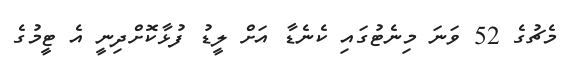
މެޗުގެ 52 ވަނަ މިނެޓުގައި ކެނެޑާ އަށް ލީޑު ފުޅާކޮށްދިނީ އެ ޓީމުގެ